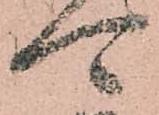
可